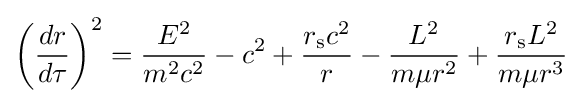
\left({\frac {dr}{d\tau }}\right)^{2}={\frac {E^{2}}{m^{2}c^{2}}}-c^{2}+{\frac {r_{\text{s}}c^{2}}{r}}-{\frac {L^{2}}{m\mu r^{2}}}+{\frac {r_{\text{s}}L^{2}}{m\mu r^{3}}}